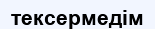
тексермедім